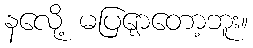
နလေို့ မပြျောတော့ဘူး။